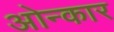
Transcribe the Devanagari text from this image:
ओन्कार